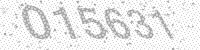
Solution: 015631